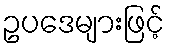
ဥပဒေများဖြင့်